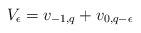
LaTeX: \begin{align*}V_\epsilon= v_{-1,q}+v_{0,q-\epsilon}\end{align*}